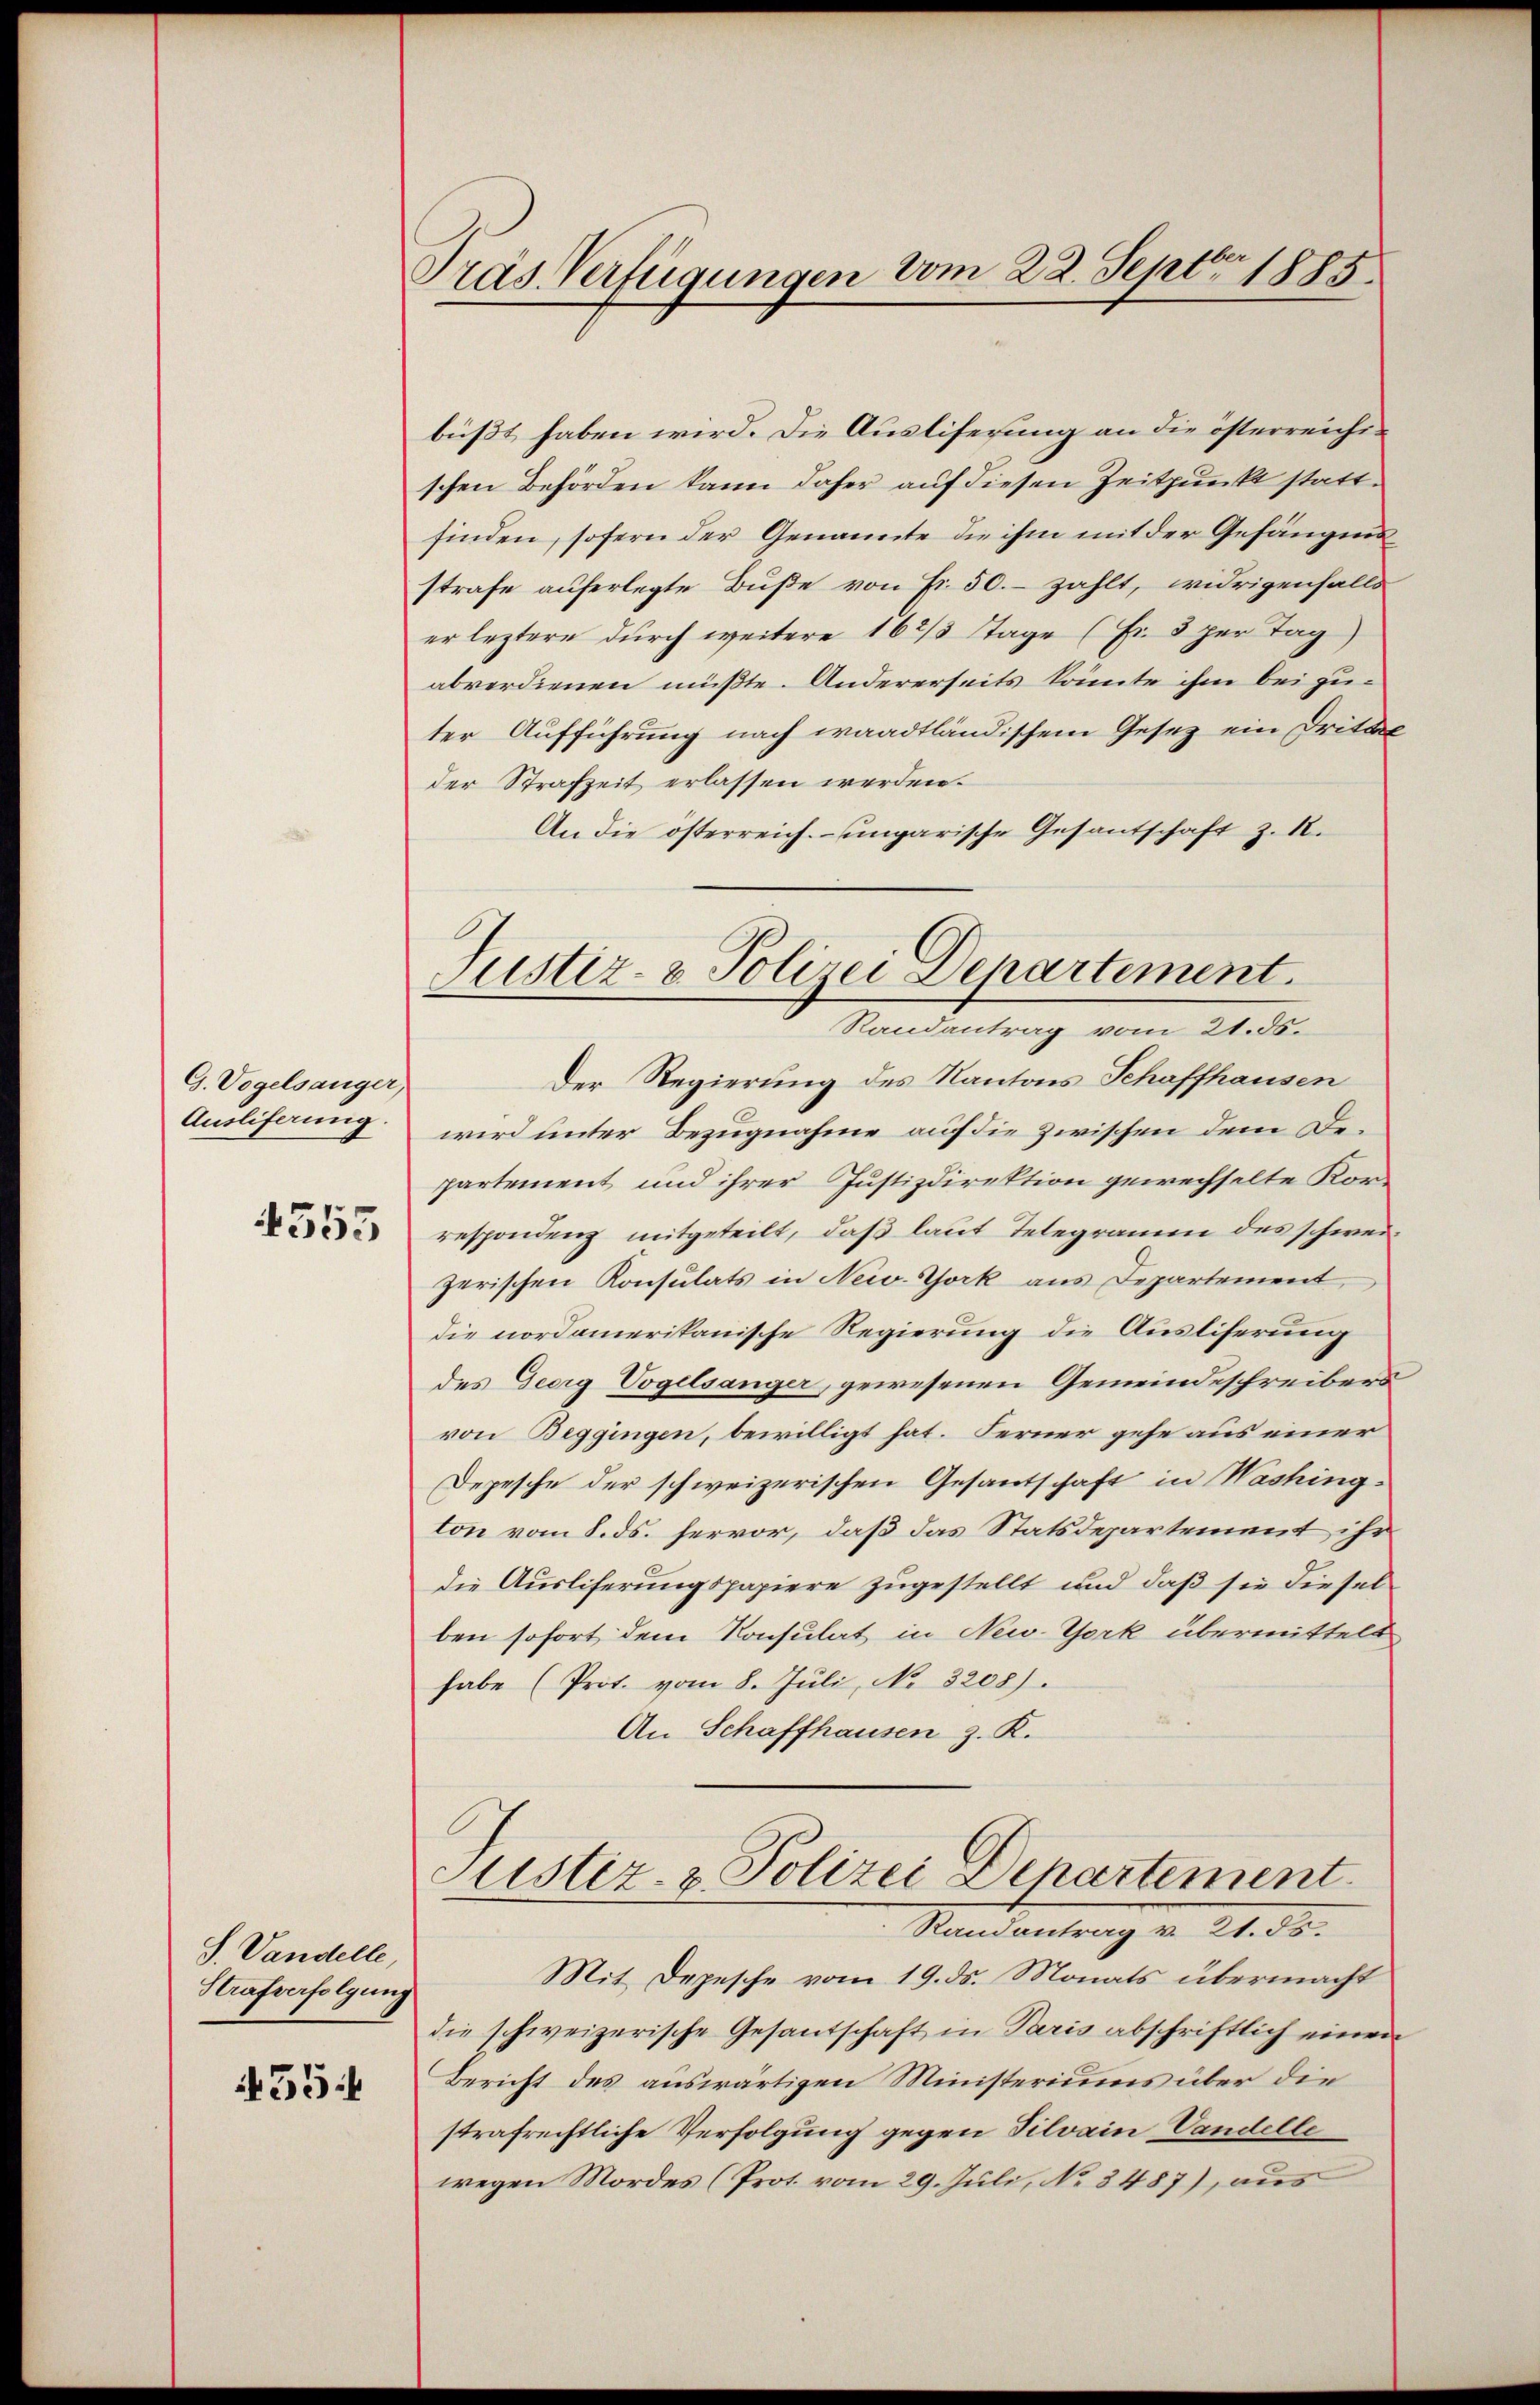
G. Vogelsanger,
Ausliferung
4555

J. Vandelle,
Strafverfolgung

55:

Präs. Verfügungen vom 22. Sept. 1885.

büßt haben wird. Die Ausliferung an die österreichischen Behörden kann daher auf diesen Zeitpunkt stattfinden, sofern der Genannte die ihm mit der Gefängnis
strafe auferlegte Buße von Fr. 50.- zählt, widrigenfalls
er leztere durch weitere 162/3 tage (Fr. 3 per Tag
abverdienen müßte. Andererseits könnte ihm bei zuter Aufführung nach waadtländischem Gesetz ein Drittel
der Strafzeit erlassen werden.
An die österreich. ungarische Gesantschaft z. 1.
Der Regierung des Kantons Schaffhausen
wird unter Bezugnahme auf die zwischen dem Departement und ihrer Justizdirektion gewechselte Korrespondenz mitgeteilt, daß laut Telegramm des schweizerischen Konsulats in New-York aus Departement,
die nordamerikanische Regierung die Ausliserung
des Georg Vogelsanger, gewesenen Gemeindeschreibers
von Beggingen, bewilligt hat. Ferner gehe aus einer
Depesche der schweizerischen Gesantschaft in Washing-
ton vom 8. ds. hervor, daß das Statsdepartement ihr
die Ausliferungspapiere zugestellt und daß sie dieselben sofort dem Konsulat in New-York übermittelt
habe (Prot. vom 8. Jŭli, No. 3208).
An Schaffhausen z. K.
Justiz- & Polizei Departement
Randantrag v. 21. ds.
Mit Depesche vom 19. ds. Monats übermacht
die schweizerische Gesantschaft in Paris abschriftlich einen
Bericht des auswärtigen Ministeriums über die
strafrechtliche Verfolgung gegen Silvain Vandelle
wegen Mordes (Prot. vom 29. Juli, No. 3487), aus

Justiz- & Polizei Departement.
Randantrag vom 21. ds.